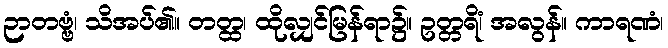
ဉာတဗ္ဗံ၊ သိအပ်၏။ တတ္ထ၊ ထိုလျှင်မြန်ရာ၌။ ဥတ္တရိံ၊ အလွန်။ ကာရဏံ၊